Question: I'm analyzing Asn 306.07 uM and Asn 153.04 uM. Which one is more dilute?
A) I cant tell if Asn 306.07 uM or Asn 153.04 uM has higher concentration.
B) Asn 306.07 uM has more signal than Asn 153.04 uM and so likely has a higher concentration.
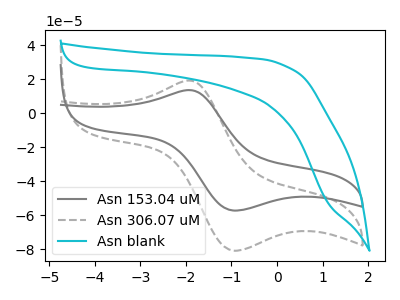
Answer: <think>The gray curve "Asn 153.04 uM" has an anodic peak at (-1.95V, 13.60uA) and a cathodic peak at (-0.95V, -57.15uA). The gray dashed curve "Asn 306.07 uM" has an anodic peak at (-1.95V, 19.25uA) and a cathodic peak at (-0.95V, -80.75uA). The cyan curve "Asn blank" has no peaks.
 All the peaks in "Asn 306.07 uM" have a peak in "Asn 153.04 uM" at the same potential. Every peak in "Asn 306.07 uM" is higher than every peak in "Asn 153.04 uM".</think>
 <answer>B) "Asn 306.07 uM" has more signal than "Asn 153.04 uM" and so likely has a higher concentration.</answer>
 <eval>B</eval>